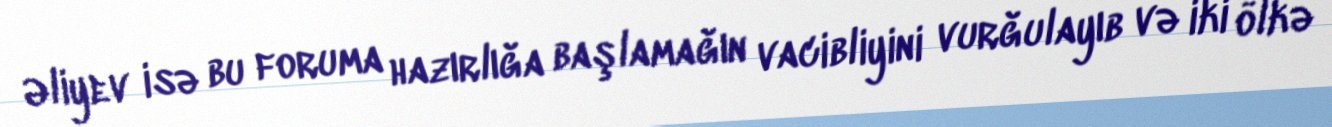
Əliyev isə bu foruma hazırlığa başlamağın vacibliyini vurğulayıb və iki ölkə